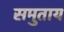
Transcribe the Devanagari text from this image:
समुताय